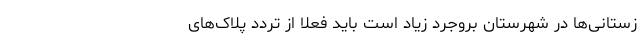
زستانی‌ها در شهرستان بروجرد زیاد است باید فعلاً از تردد پلاک‌های